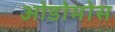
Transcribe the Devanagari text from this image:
ओडोमोस